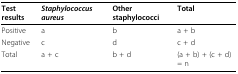
| Test results | Staphylococcus aureus | Other staphylococci | Total |
 | --- | --- | --- | --- |
 | Positive | a | b | a + b |
 | Negative | c | d | c + d |
 | Total | a + c | b + d | (a + b) + (c + d) = n |